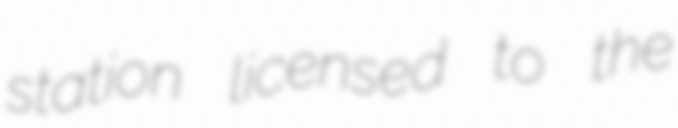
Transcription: station licensed to the